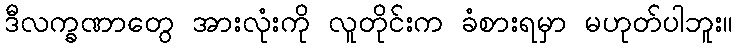
ဒီလက္ခဏာတွေ အားလုံးကို လူတိုင်းက ခံစားရမှာ မဟုတ်ပါဘူး။